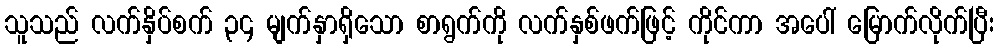
သူသည် လက်နှိပ်စက် ၃၄ မျက်နှာရှိသော စာရွက်ကို လက်နှစ်ဖက်ဖြင့် ကိုင်ကာ အပေါ် မြောက်လိုက်ပြီး